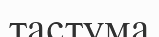
тастума